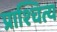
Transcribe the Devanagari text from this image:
प्राश्चित्य